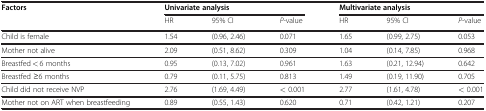
<table><thead><tr><td rowspan="2"><b>Factors</b></td><td colspan="3"><b>Univariate analysis</b></td><td colspan="3"><b>Multivariate analysis</b></td></tr><tr><td><b>HR</b></td><td><b>95% CI</b></td><td><b><i>P</i>-value</b></td><td><b>HR</b></td><td><b>95% CI</b></td><td><b><i>P</i>-value</b></td></tr></thead><tbody><tr><td>Child is female</td><td>1.54</td><td>(0.96, 2.46)</td><td>0.071</td><td>1.65</td><td>(0.99, 2.75)</td><td>0.053</td></tr><tr><td>Mother not alive</td><td>2.09</td><td>(0.51, 8.62)</td><td>0.309</td><td>1.04</td><td>(0.14, 7.85)</td><td>0.968</td></tr><tr><td>Breastfed &lt; 6 months</td><td>0.95</td><td>(0.13, 7.02)</td><td>0.961</td><td>1.63</td><td>(0.21, 12.94)</td><td>0.642</td></tr><tr><td>Breastfed ≥6 months</td><td>0.79</td><td>(0.11, 5.75)</td><td>0.813</td><td>1.49</td><td>(0.19, 11.90)</td><td>0.705</td></tr><tr><td>Child did not receive NVP</td><td>2.76</td><td>(1.69, 4.49)</td><td>&lt; 0.001</td><td>2.77</td><td>(1.61, 4.78)</td><td>&lt; 0.001</td></tr><tr><td>Mother not on ART when breastfeeding</td><td>0.89</td><td>(0.55, 1.43)</td><td>0.620</td><td>0.71</td><td>(0.42, 1.21)</td><td>0.207</td></tr></tbody></table>